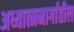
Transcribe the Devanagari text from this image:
अध्यात्ममार्गातील